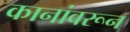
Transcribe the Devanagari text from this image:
कानांवरून